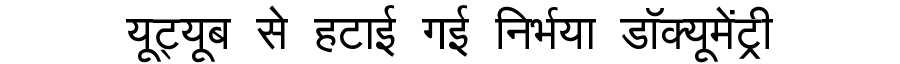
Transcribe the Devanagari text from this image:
यूट्यूब से हटाई गई निर्भया डॉक्यूमेंट्री